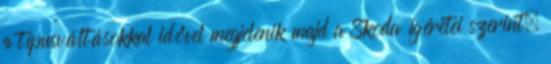
a típusváltásokkal idővel megjelenik majd a Skoda ígéretei szerint.